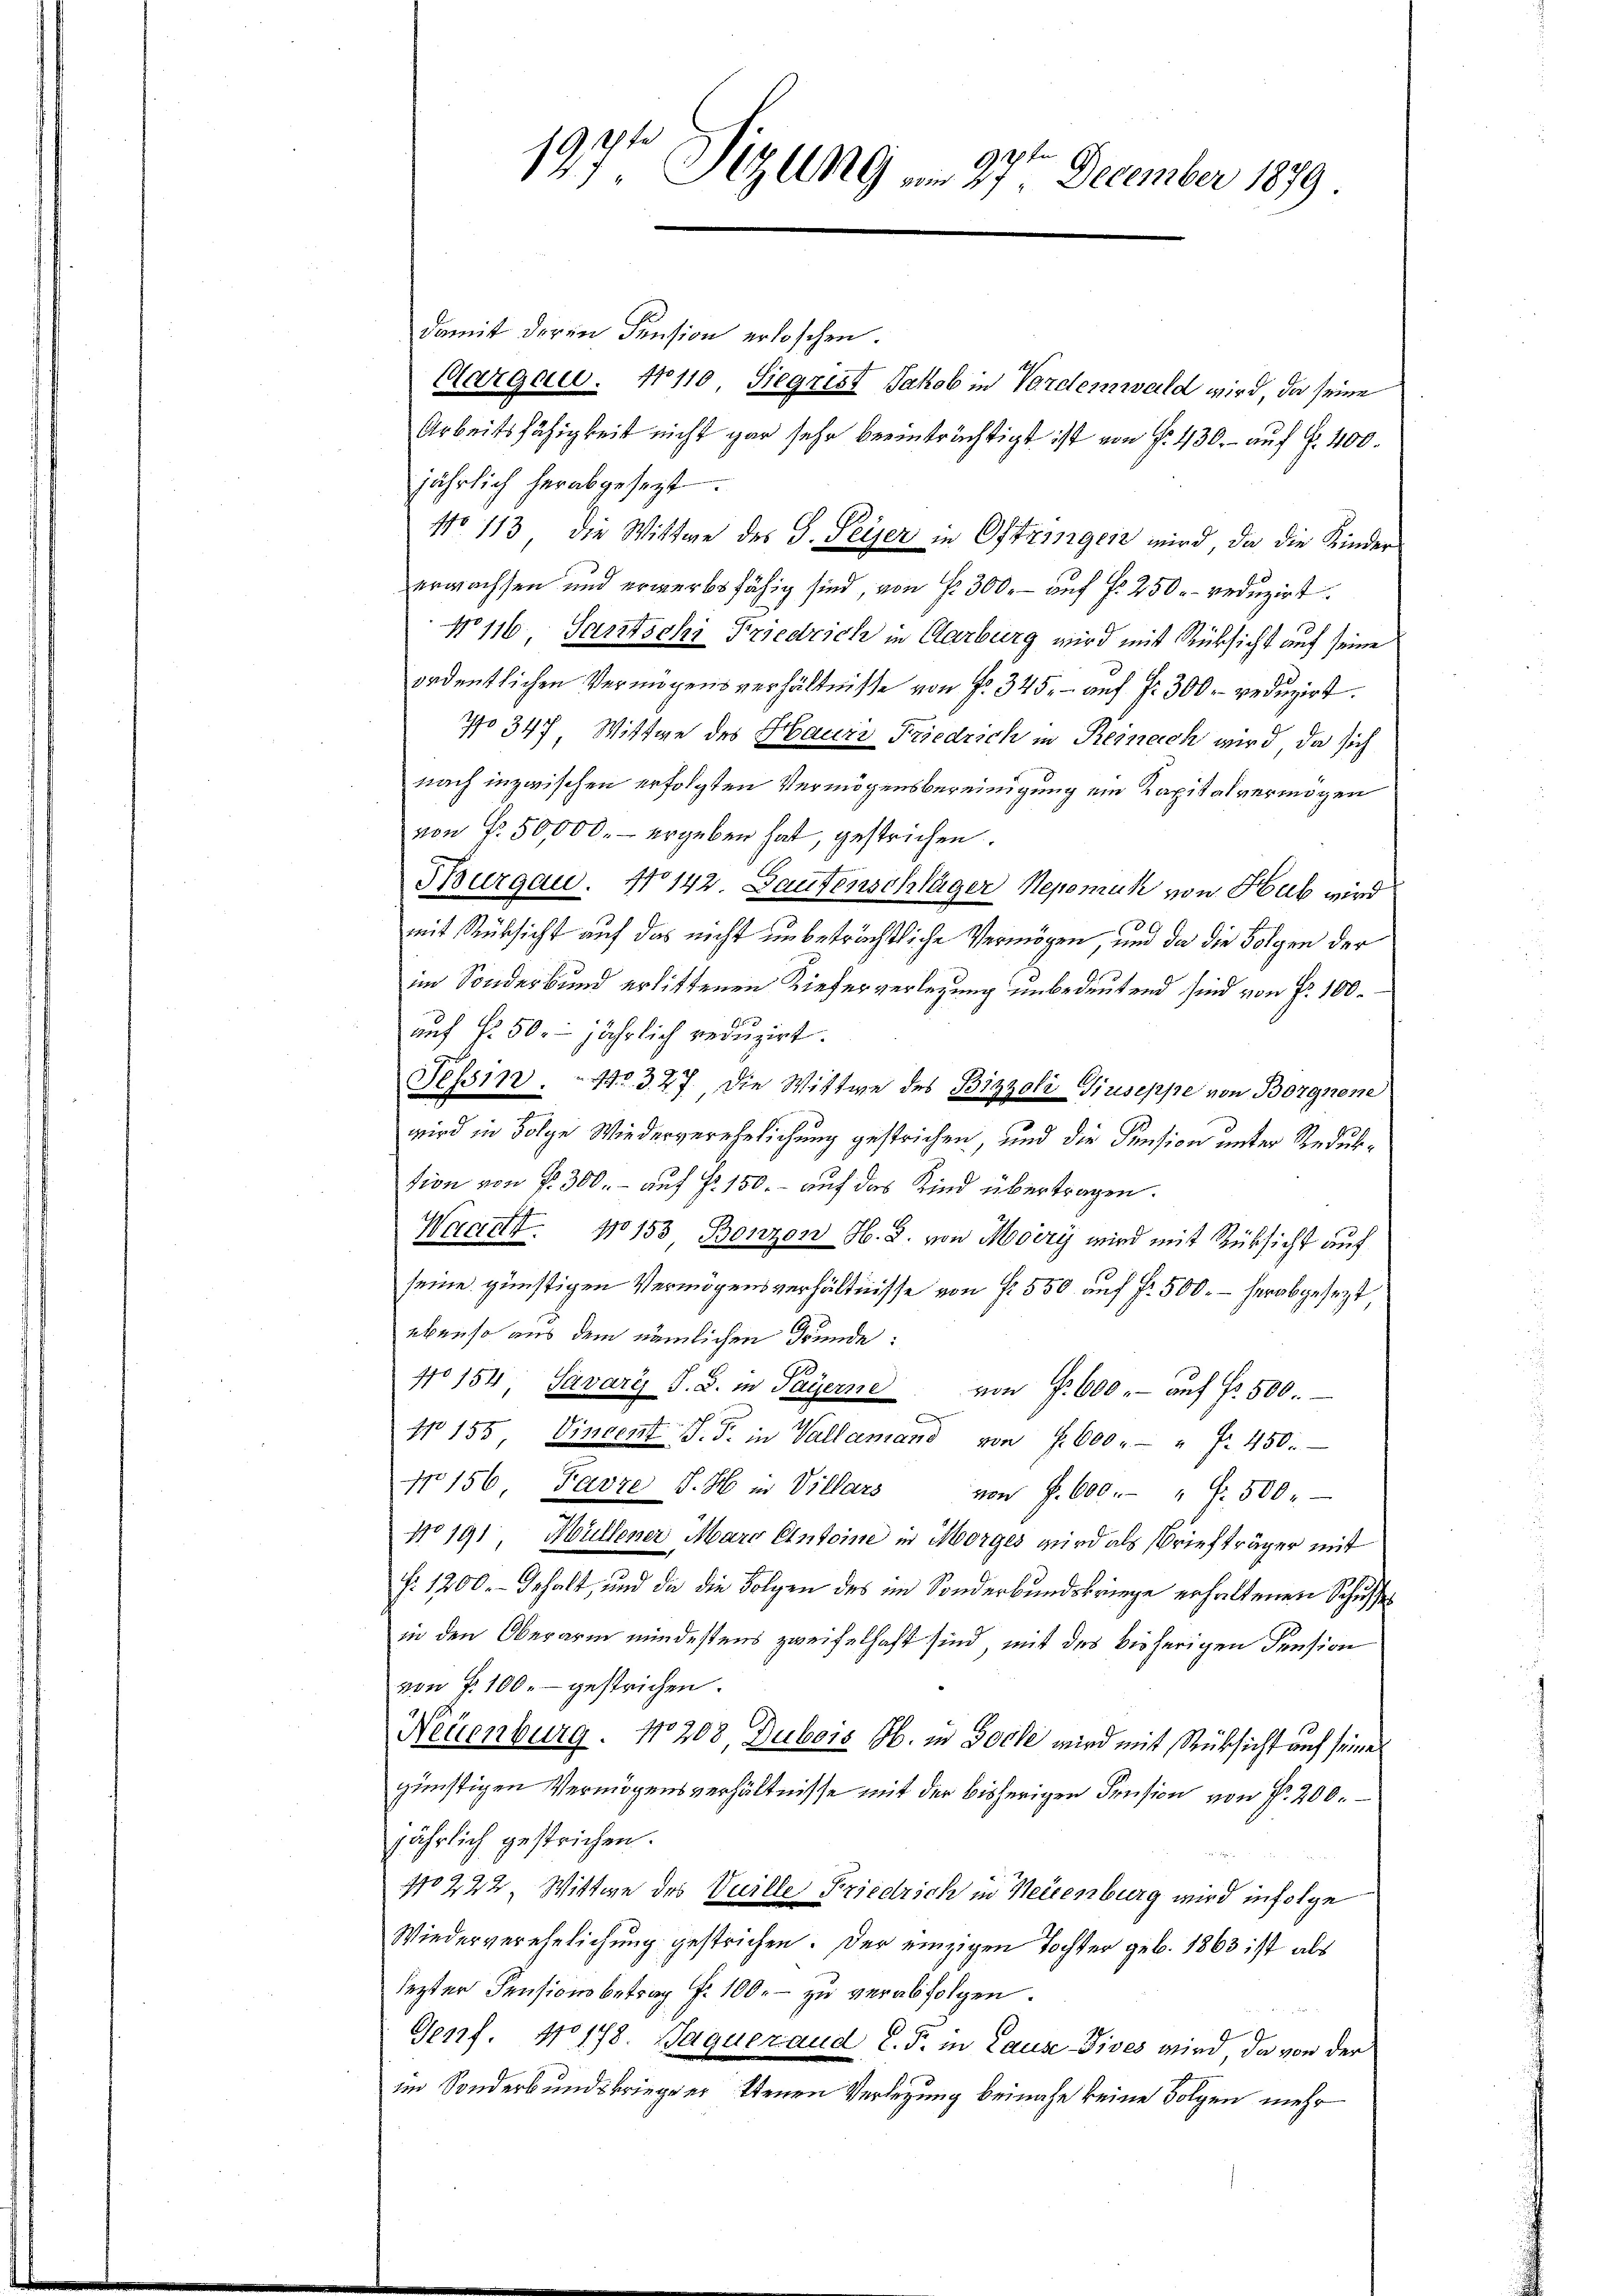
197t Sizung am 27ten December 1879

damit deren Pension erloschen.
Cargen . 41110 Siegrist Jakob in Vordemwald wird, da seine
Arbeitsfähigkeit nicht gar sehr beeinträchtigt ist von §. 430.- auf §. 400.
jährlich herabgesezt.
No 113 die Wittwe des S. Peyer in Oftringen wird, da die Kinder
erwachsen und erwerbsfähig sind, von fr. 300.- auf §. 250 r. reduzirt.
No 116. Santschi Friedrich in Aarburg wird mit Rücksicht auf seine
ordentlichen Vermögensverhältnisse von f. 345. - auf Fr. 300 reduzirt.
No 347 Wittwe des Hauri Friedrich in Remich wird da sich
nach inzwischen erfolgten Vermögensbereinigung ein Kapitalvermögen
von Fr. 50,000.- ergeben hat, gestrichen.
Burgau. 410142. Laufenschläger Nepomuk von Hub wird
mit Rücksicht auf das nicht unbeträchtliche Vermögen, und da die Folgen der
im Sonderbund erlittenen Kieferverlegung unbedeutend sind von Fr. 100.
auf § 50. jährlich reduzirt.
Tessin. No. 327, die Wittwe des Bizzoli-Giuseppe von Borgnone
wird in Folge Wiederverehelichung gestrichen, und die Pension unter Reduktion von P. 300.- auf Fr. 150.- auf das Kind übertragen.
Waadt. No 153 Bonzon H. B. von Moiry wird mit Rüksicht auf
seine günstigen Vermögensverhältnisse von fr. 550 auf Fr. 500. - herabgesezt
ebenso aus dem nämlichen Bunde:
10154 Savary S. B. in Payerne von f. 600.- aŭf fr. 500.
Nr. 155 Vincent J. F. in Vallamand von f. 600 " " fr. 450.
No 156 Favre S. H. in Villars von P. 600 . " " 500
No 191, Müllener Maro Entoine in Morges wird als Briefträger mit
f: 1200. - Inhalt, und da die Folgen des im Sonderbundeskriege erhaltenen Schusse
in den Oberarm mindestens zweifelhaft sind, mit des bisherigen Pension
von f. 100.- gestrichen.
Neuenburg, No 208, Dubois H. in Hoche wird mit Rücksicht auf seine
günstigen Vermögensverhältnisse mit der bisherigen Pension von Fr. 200.
jährlich gestrichen.
40222 Wittwe des Vuille Friedrich in Neuenburg wird infolge
Wiederverehelichung gestrichen. Der einzigen Tochter geb. 1863 ist als
lezter Pensionsbetrag f. 100. – zu verabfolgen.

Genf. No 178. Jaqueraud d. J. in Lause Dives wird da von der
im Sonderbundskrieger tenen Verlegung beinahe keine Folgen mehr